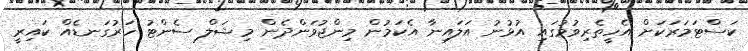
ކަސްޓަމަރަކަށް އެހީތެރިވުމުގައި އުޅުނު އަލައިނާ އެކަމުން މިންޖުވަންދެން މިޝަލް ސެންޓު ހަރުގަނޑެއް ކައިރީ